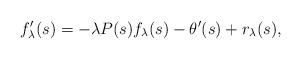
LaTeX: \begin{align*}f_{\lambda}'(s) = - \lambda P(s) f_{\lambda}(s) - \theta'(s) + r_{\lambda}(s), \end{align*}